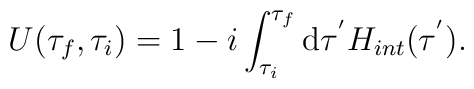
U(\tau_{f},\tau_{i})=1-i\int_{\tau_{i}}^{\tau_{f}}{\rm d}\tau^{'}H_{int}(\tau^{'}).